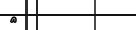
٢